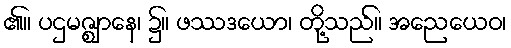
၏။ ပဌမဇ္ဈာနေ၊ ၌။ ဖဿဒယော၊ တို့သည်။ အညေယေဝ၊